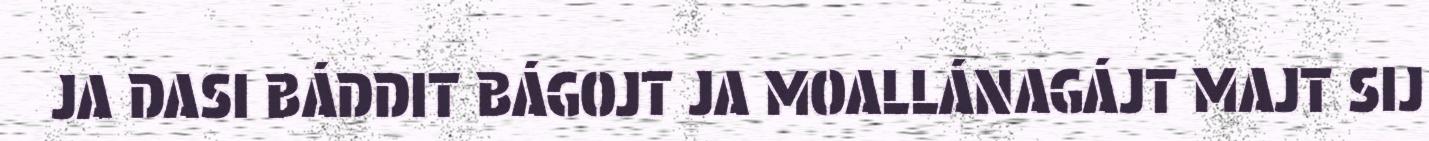
JA DASI BÁDDIT BÁGOJT JA MOALLÁNAGÁJT MAJT SIJ